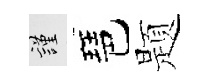
謹琶题